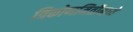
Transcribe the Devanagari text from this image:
त्रिकोणमितीमध्ये